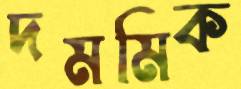
দমমিক